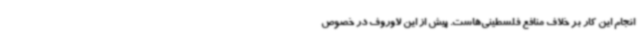
انجام این کار بر خلاف منافع فلسطینی‌هاست. پیش از این لاوروف در خصوص